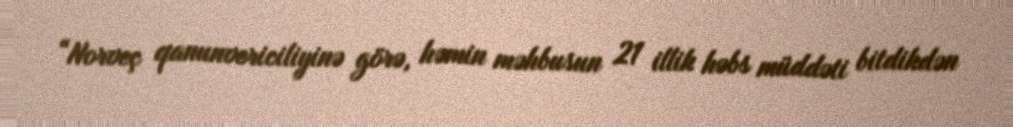
“Norveç qanunvericiliyinə görə, həmin məhbusun 21 illik həbs müddəti bitdikdən